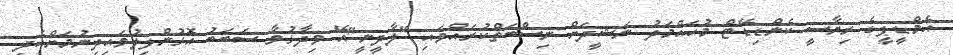
އެމްޑީޕީގެ ރިޔާސީ ކެންޑިޑޭޓް މުހައްމަދު ނަޝީދަށް ނިސްބަތްކުރައްވައި "ލާދީނީ"އޭ ވިދާޅުވާ ސަބަބު އޮޅުންފިލުވައިދިނުމަށްއެދި